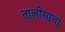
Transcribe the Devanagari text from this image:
तालीसाचा